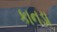
કાનડા